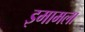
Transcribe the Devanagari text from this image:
इमामला